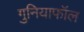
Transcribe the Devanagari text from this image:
गुनियाफॉल